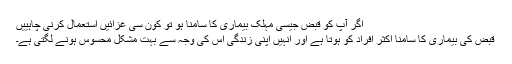
اگر آپ کو قبض جیسی مہلک بیماری کا سامنا ہو تو کون سی غزائیں استعمال کرنی چاہییں
قبض کی بیماری کا سامنا اکثر افراد کو ہوتا ہے اور انہیں اپنی زندگی اس کی وجہ سے بہت مشکل محسوس ہونے لگتی ہے۔